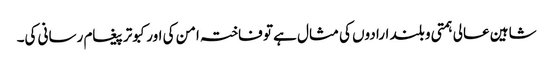
شاہین عالی ہمتی و بلند ارادوں کی مثال ہے تو فاختہ امن کی اور کبوتر پیغام رسانی کی۔